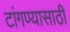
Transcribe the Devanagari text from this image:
टांगण्यासाठी